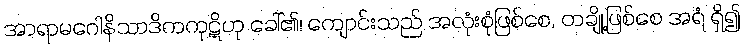
အာရာမဂေါနိသာဒိကကုဋိဟု ခေါ်၏၊ ကျောင်းသည် အလုံးစုံဖြစ်စေ, တချို့ဖြစ်စေ အရံ ရှိ၍